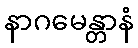
နာဂမေန္တာနံ